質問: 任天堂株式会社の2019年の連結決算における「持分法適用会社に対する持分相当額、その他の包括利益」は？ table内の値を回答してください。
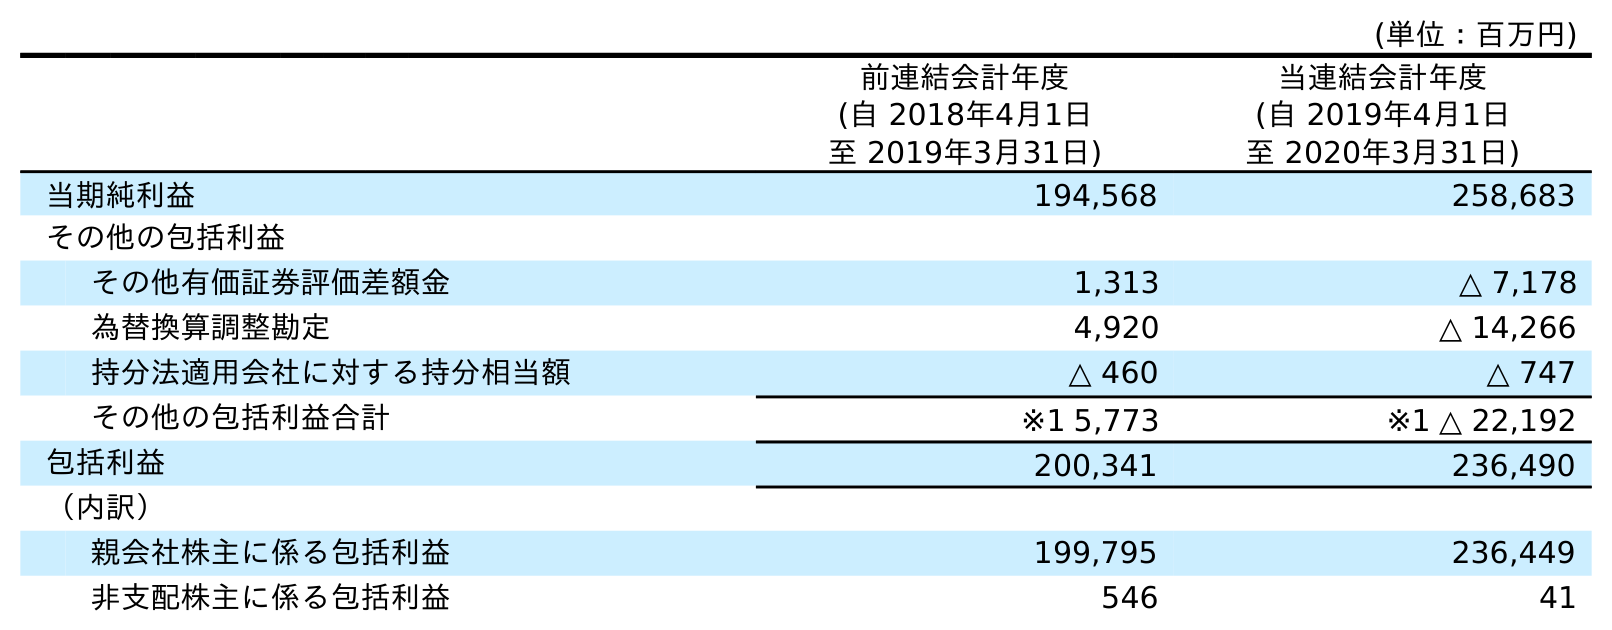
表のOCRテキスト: (単位：百万円) 前連結会計年度 (自 2018年4月1日 至 2019年3月31日) 当連結会計年度 (自 2019年4月1日 至 2020年3月31日) 当期純利益 194,568 258,683 その他の包括利益 その他有価証券評価差額金 1,313 △ 7,178 為替換算調整勘定 4,920 △ 14,266 持分法適用会社に対する持分相当額 △ 460 △ 747 その他の包括利益合計 ※1 5,773 ※1 △ 22,192 包括利益 200,341 236,490 （内訳） 親会社株主に係る包括利益 199,795 236,449 非支配株主に係る包括利益 546 41
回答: △460